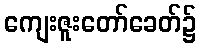
ကျေးဇူးတော်ခေတ်၌